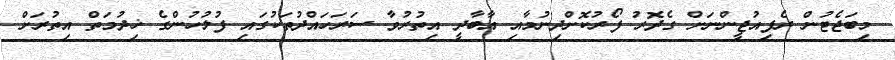
މިބަޖެޓުން ރެފިއުޖީންނަށް ގެދޮރު ފޯރުކޮށްދިނުމާއި އާބާދީ އިތުރުވާ ސަރަހައްދުތަކުގައި ފުލުހުންގެ ޚިދުމަތް އިތުރަށް